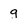
Character: g